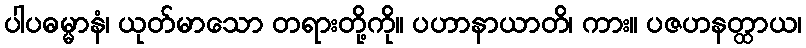
ပါပဓမ္မာနံ၊ ယုတ်မာသော တရားတို့ကို။ ပဟာနာယာတိ၊ ကား။ ပဇဟနတ္ထာယ၊